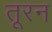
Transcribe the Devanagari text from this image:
तूरन